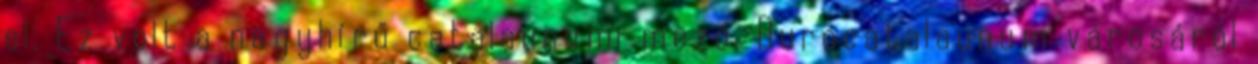
el. Ez volt a nagyhírű catalaunumi mező, Durocatalaunum városáról